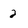
Character: 2